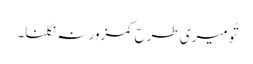
تُو میری طرح کمزور نہ نکلنا۔